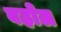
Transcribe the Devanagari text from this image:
बहोल